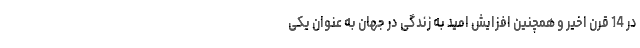
در 14 قرن اخیر و همچنین افزایش امید به زندگی در جهان به عنوان یکی